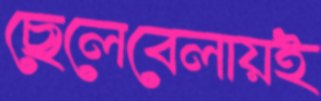
ছেলেবেলায়ই